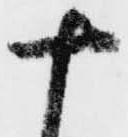
十